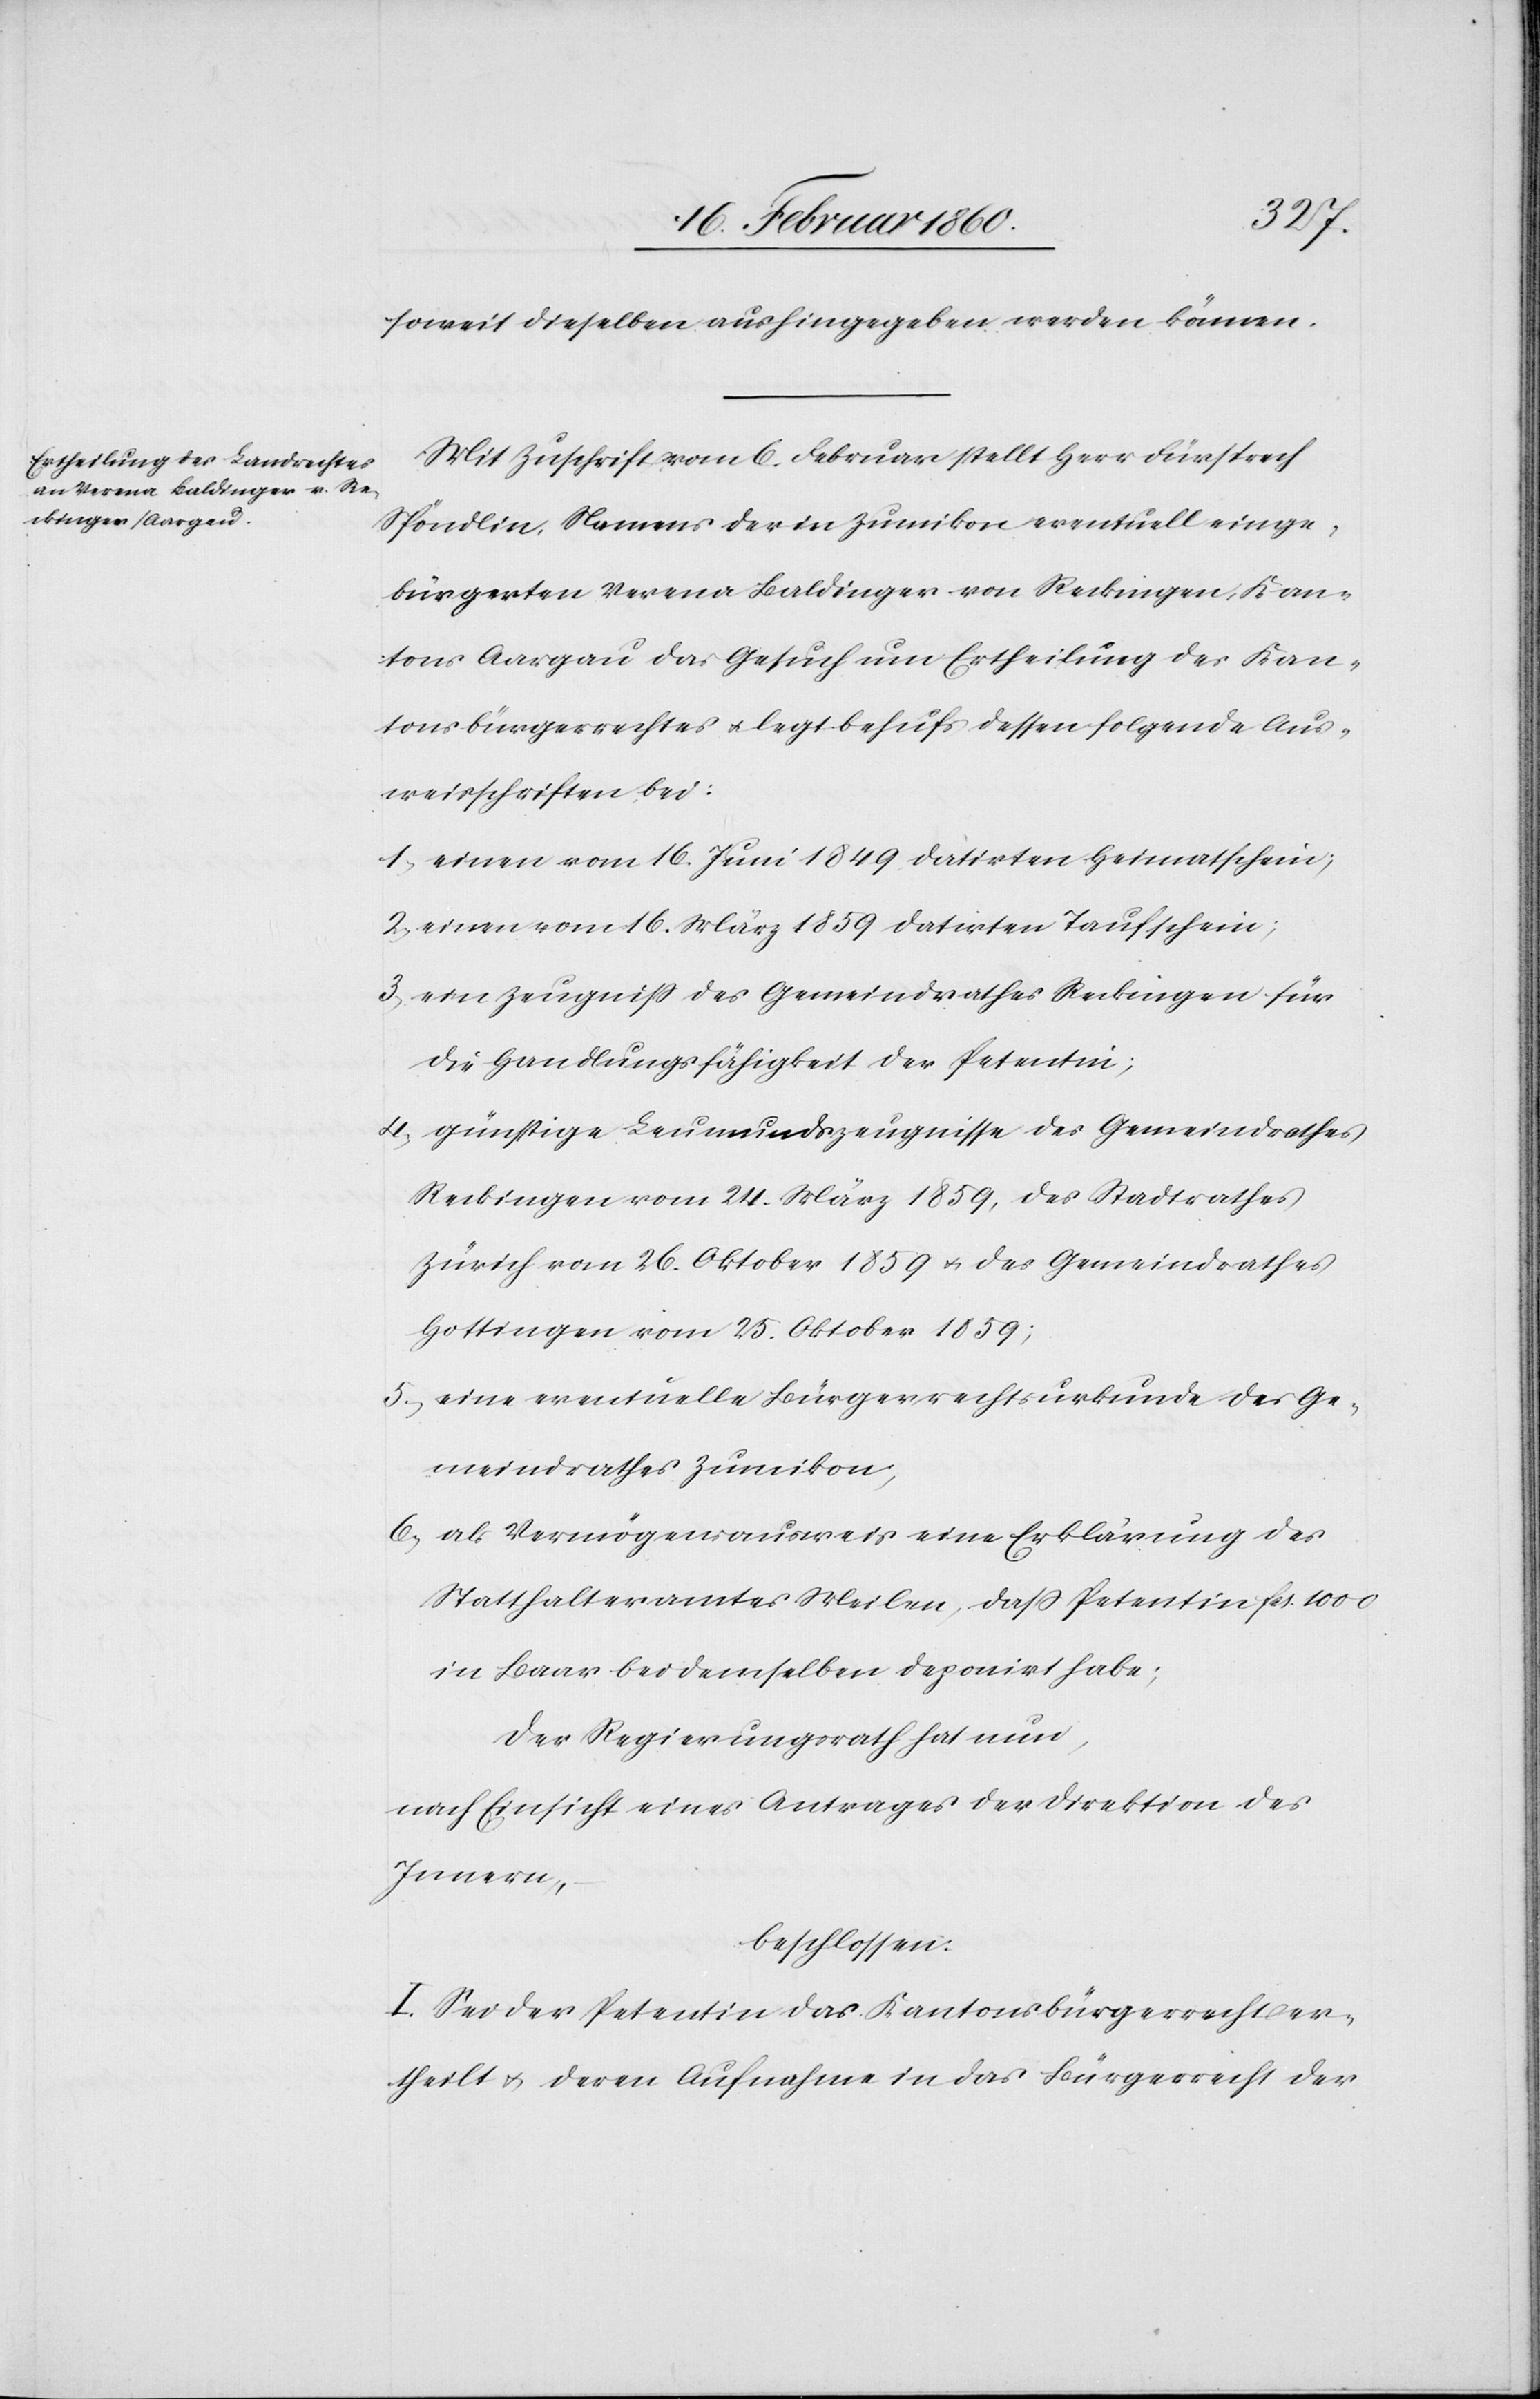
soweit dieselben aushingegeben werden können.
Mit Zuschrift vom 6. Februar stellt Herr Fürsprech
Spöndlin, Namens der in Zumikon eventuell einge¬
bürgerten Verena Baldinger von Reckingen, Kan¬
tons Aargau das Gesuch um Ertheilung des Kan¬
tonsbürgerrechtes u. legt behufs dessen folgende Aus¬
weisschriften bei:
1. einen vom 16. Juni 1849 datirten Heimathschein,
2. einen vom 16. März 1859 datirten Taufschein;
3. ein Zeugniss des Gemeindrathes Reckingen für
die Handlungsfähigkeit der Petentin;
4. günstige Leumundszeugnisse des Gemeindrathes
Reckingen vom 24. März 1859, des Stadtrathes
Zürich vom 26. Oktober 1859 u. des Gemeindrathes
Hottingen vom 25. Oktober 1859;
5. eine eventuelle Bürgerrechtsurkunde des Ge¬
meindrathes Zumikon,
6. als Vermögensausweis eine Erklärung des
Statthalteramtes Meilen, dass Petentin fcs. 1000
in Baar bei demselben deponirt habe;
Der Regierungsrath hat nun,
nach Einsicht eines Antrages der Direktion des
Innern,
beschlossen:
I. Sei der Petentin das Kantonsbürgerrecht er¬
theilt u. deren Aufnahme in das Bürgerrecht der